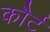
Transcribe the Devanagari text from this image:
कौर्ट